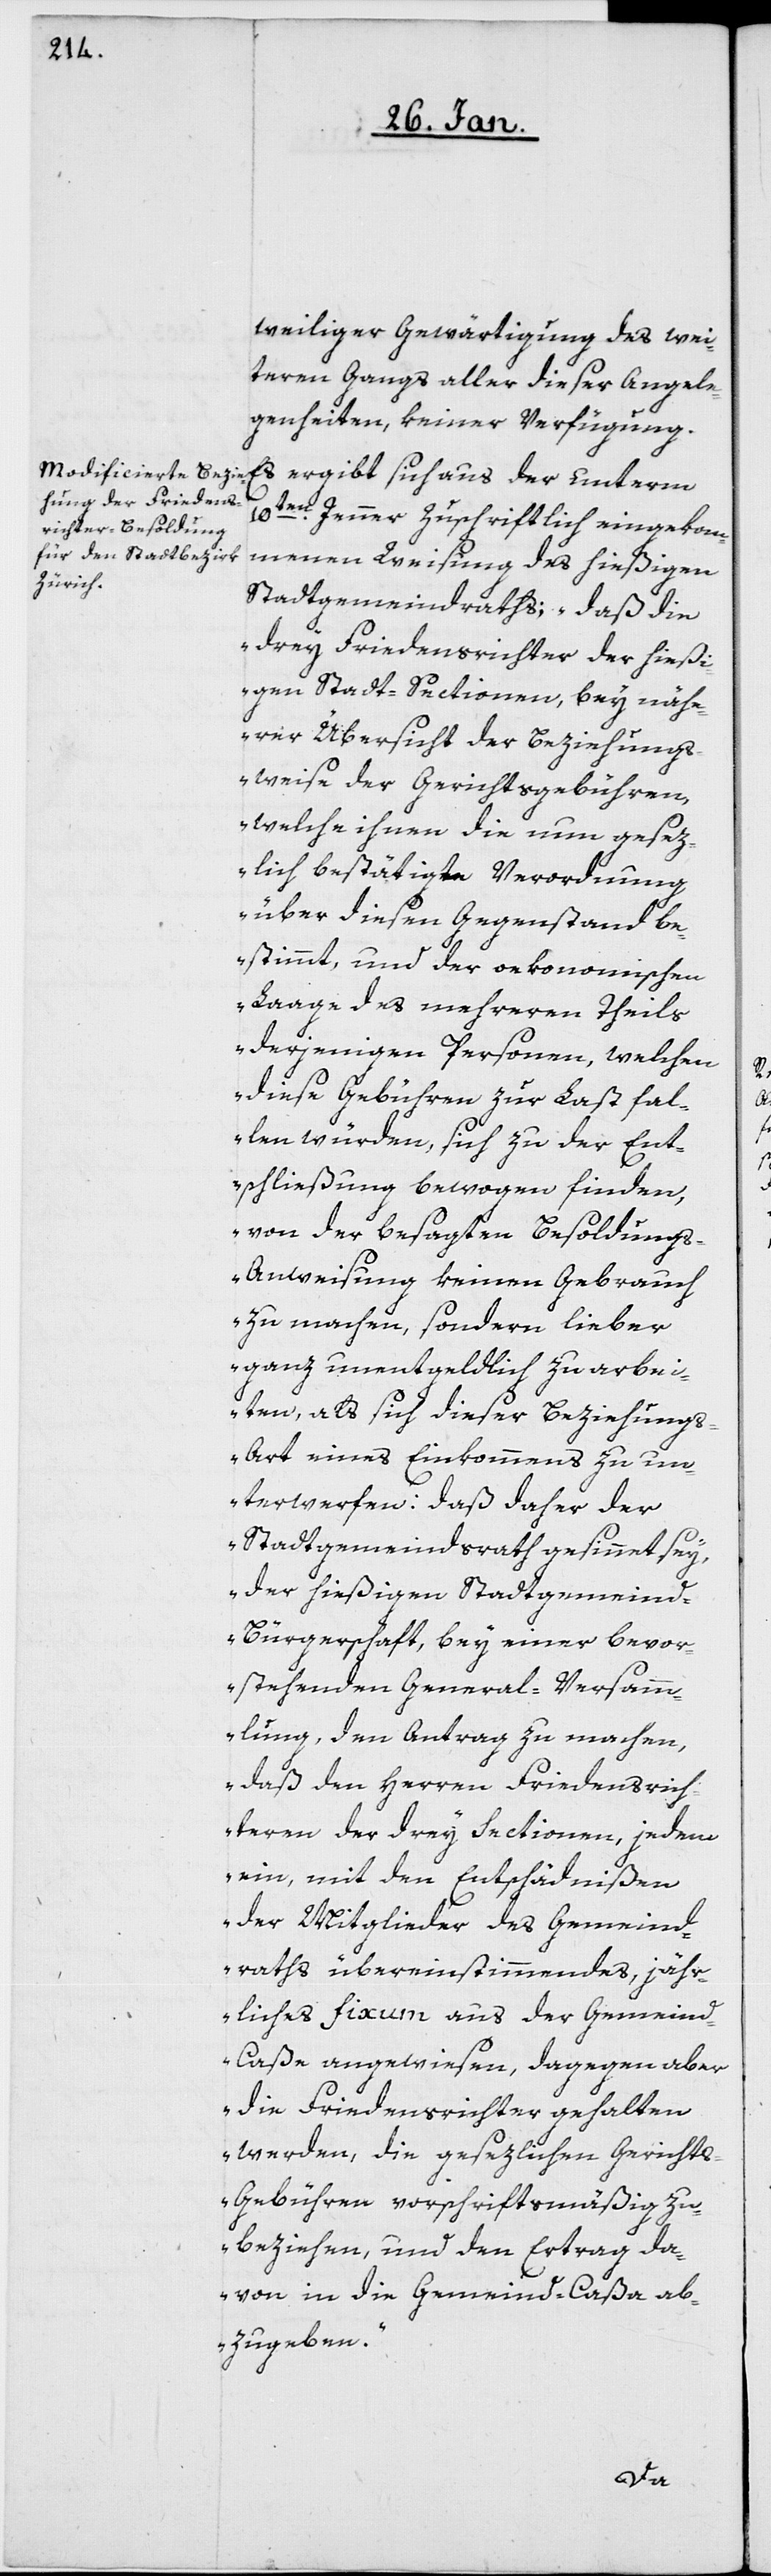
weiliger Gewärtigung des wei¬
teren Gangs aller dieser Angele¬
genheiten keiner Verfügung.
Es ergibt sich aus der unterm
10ten. Jenner Zuschriftlich eingekom¬
menen Weisung des hießigen
Stadtgemeindraths: „daß die
drey Friedensrichter der hießi¬
gen Stadt-Sectionen, bey näh¬
erer Übersicht der Beziehungs¬
weise der Gerichtsgebühren,
welche ihnen die nun gesez¬
lich bestätigte Verordnung
über diesen Gegenstand be¬
stimmt, und der oekonomischen
Laage des mehreren Theils
derjenigen Personen, welchen
diese Gebühren zu Last fal¬
len würden, sich zu der Ent¬
schließung bewogen finden,
von der besagten Besoldung¬
s-Anweisung keinen Gebrauch
zu machen, sondern lieber
ganz unentgeldlich zu arbei¬
ten, als sich dieser Beziehung¬
s-Art eines Einkommens zu un¬
terwerfen: daß daher der
Stadtgemeindsrath gesinnt sey,
der hießigen Stadtgemein¬
d-Bürgerschaft bey einer bevor¬
stehenden General-Versam¬
mlung den Antrag zu machen,
daß den Herren Friedensrich¬
teren der drey Sectionen, jedem
ein, mit den Entschädnißen
der Mitglieder des Gemeind¬
raths übereinstimmendes, jähr¬
liches Fixum aus der Gemein¬
d-Caße angewiesen, dagegen aber
die Friedensrichter gehalten
werden, die gesezlichen Gericht¬
s-Gebühren vorschriftsmäßig zu
beziehen, und den Ertrag da¬
von in die Gemeind-Caßa ab¬
zugeben“.